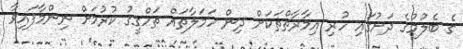
ގެ ބެލުމުގެ ދަށުގައި ހުރި އިމާރާތްތަކަށް ދިން ހަމަލާތައް ތަހްގީގު ކުރުމަށް ނިންމާފައިވާ